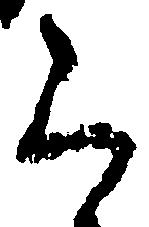
ら